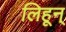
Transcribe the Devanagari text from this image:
लिहून्